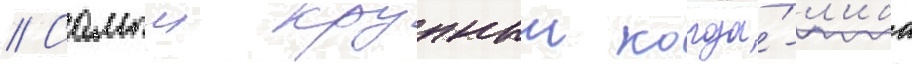
// Самыи крупныи когда́-л'ибо